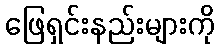
ဖြေရှင်းနည်းများကို